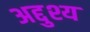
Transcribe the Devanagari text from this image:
अद्दुश्य